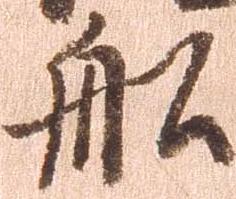
船